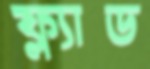
ফ্ল্যাড